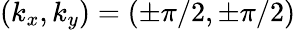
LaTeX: (k_{x},k_{y})=(\pm\pi/2,\pm\pi/2)